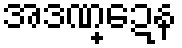
အဒဏ္ဍေန